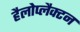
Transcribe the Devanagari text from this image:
हैलोप्लैक्टन